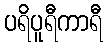
ပရိပူရီကာရီ